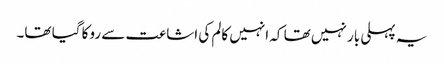
یہ پہلی بار نہیں تھا کہ انہیں کالم کی اشاعت سے روکا گیا تھا۔